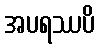
အပရဿပိ